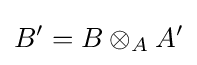
B'=B\otimes _{A}A'